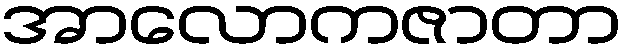
အာလောကဇာတာ